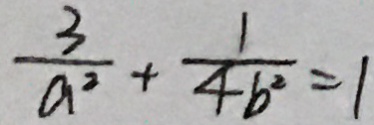
\frac { 3 } { a ^ { 2 } } + \frac { 1 } { 4 b ^ { 2 } } = 1